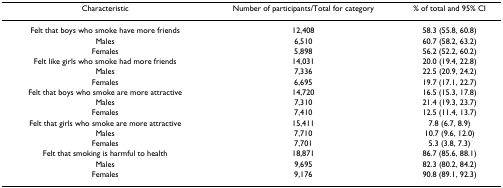
<table><thead><tr><td><b>Characteristic</b></td><td><b>Number of participants/Total for category</b></td><td><b>% of total and 95% CI</b></td></tr></thead><tbody><tr><td>Felt that boys who smoke have more friends</td><td>12,408</td><td>58.3 (55.8, 60.8)</td></tr><tr><td>Males</td><td>6,510</td><td>60.7 (58.2, 63.2)</td></tr><tr><td>Females</td><td>5,898</td><td>56.2 (52.2, 60.2)</td></tr><tr><td>Felt like girls who smoke had more friends</td><td>14,031</td><td>20.0 (19.4, 22.8)</td></tr><tr><td>Males</td><td>7,336</td><td>22.5 (20.9, 24.2)</td></tr><tr><td>Females</td><td>6,695</td><td>19.7 (17.1, 22.7)</td></tr><tr><td>Felt that boys who smoke are more attractive</td><td>14,720</td><td>16.5 (15.3, 17.8)</td></tr><tr><td>Males</td><td>7,310</td><td>21.4 (19.3, 23.7)</td></tr><tr><td>Females</td><td>7,410</td><td>12.5 (11.4, 13.7)</td></tr><tr><td>Felt that girls who smoke are more attractive</td><td>15,411</td><td>7.8 (6.7, 8.9)</td></tr><tr><td>Males</td><td>7,710</td><td>10.7 (9.6, 12.0)</td></tr><tr><td>Females</td><td>7,701</td><td>5.3 (3.8, 7.3)</td></tr><tr><td>Felt that smoking is harmful to health</td><td>18,871</td><td>86.7 (85.6, 88.1)</td></tr><tr><td>Males</td><td>9,695</td><td>82.3 (80.2, 84.2)</td></tr><tr><td>Females</td><td>9,176</td><td>90.8 (89.1, 92.3)</td></tr></tbody></table>